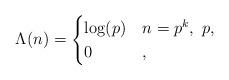
LaTeX: \begin{align*}\Lambda(n) = \begin{cases} \log(p) & n = p^k,\ p , \\ 0 & ,\end{cases}\end{align*}